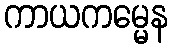
ကာယကမ္မေန